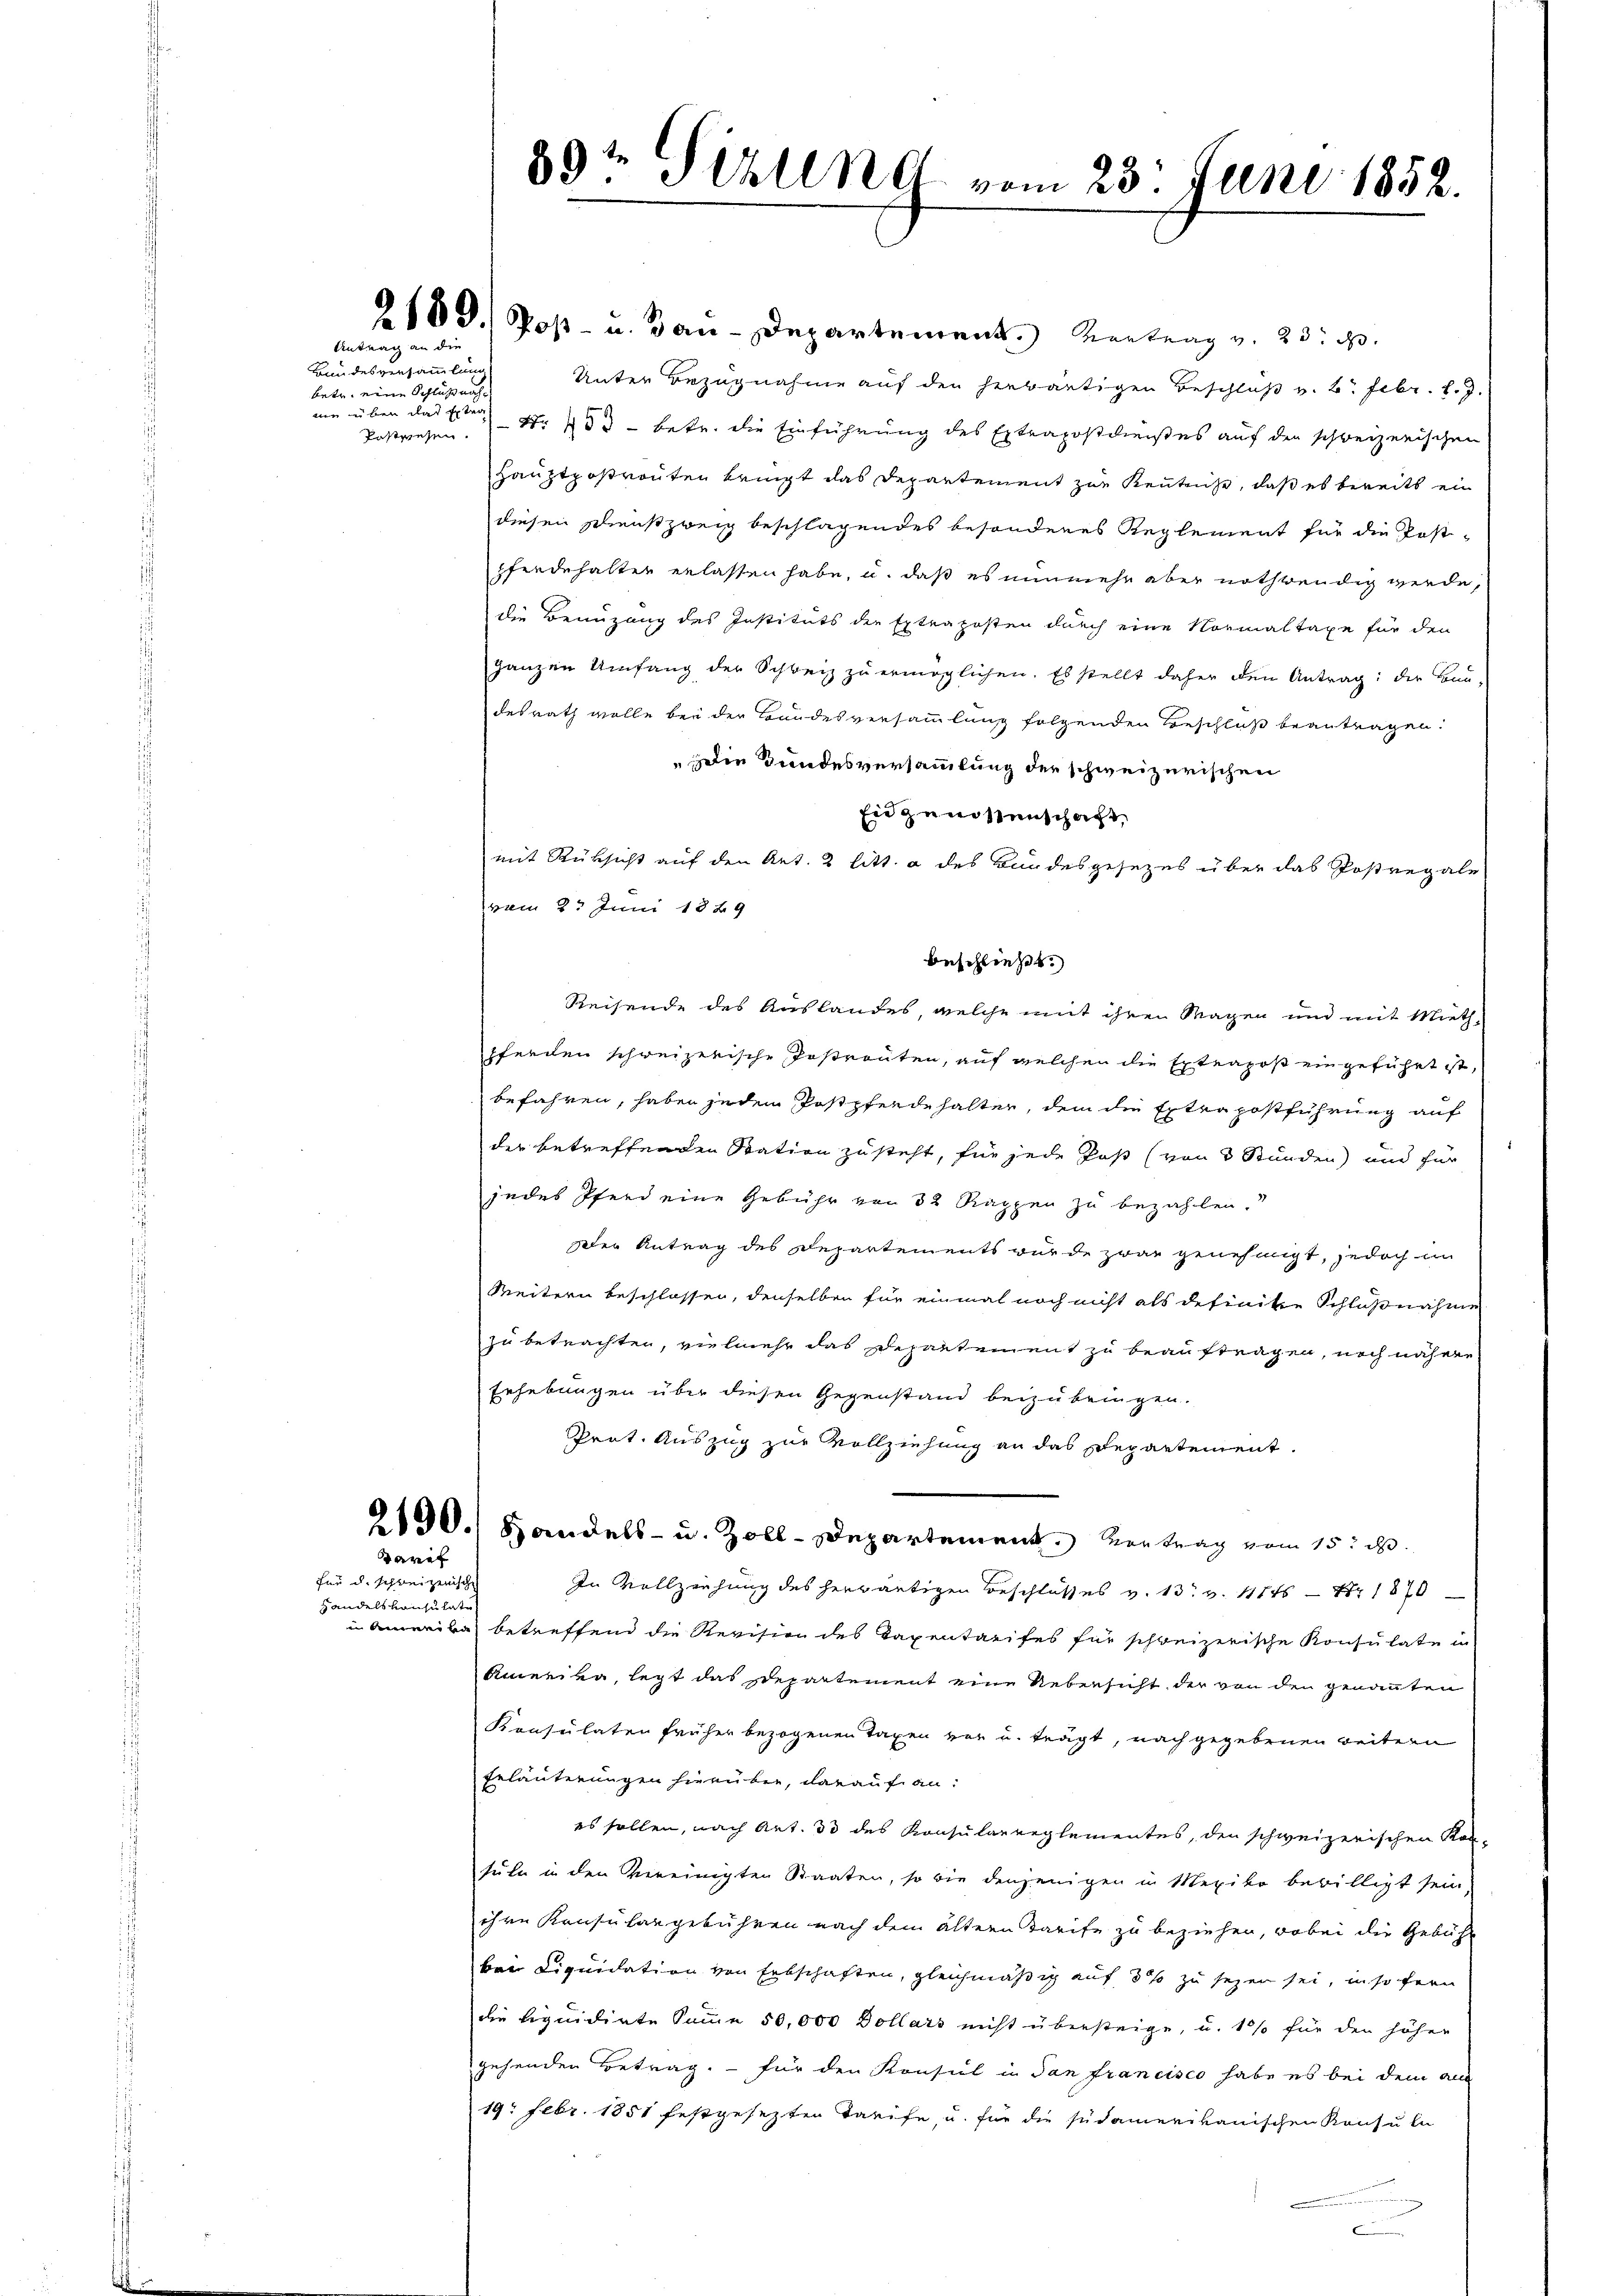
Antrag an die

Bundesversammlung
betr. eine Schluß nachnur in den das Ertrag
Pestriesen.

daret
für d. schweizerische
Handels von zulaste

89te Sihlln vom 23. Juni 1852.

2100. Post- u. Bau-Departement. Vertrag v. 23. d.
Unter Bezugnahme auf den herwärtigen Beschluß v. 2. Febr. l. J.
Nr. 133 - betr. die Einführung des Extrapostdiesses auf den schweizerischen
Hauptpostronten bringt das Departement zur Kenntliche, daß es bereits ein
diesen Schreußzweig beschlagendes besonderes Reglement für die Post-
pferdehalter erlassen habe, u. daß es nunmehr aber nothwendig werde,
die Benuzung des Instituts der Extraposten durch eine Normaltaxe für den
ganzen Umfang der Schweiz zu ermöglichen. Es stellt daher den Antrag: der Bau-
desrath wolle bei der Bundesversammlung folgenden Beschluß beantragen.
Die Bundesversammlung der schweizerischen
Ein genossenschaft,
mit Rüksicht auf den Art. 2 litt. a des Bundesgesezes über das Postregale
vom 2. Juni 1829
beschließt:
Reisende des Auslandes, welche mit ihren Magen und mit Miethpferden schweizerische Postrauten, auf welchen die Exteapoß eingeführt ist,
befahren, haben jedem Postpferde halter, dem die Extra postführung auf
der betreffenden Station zusteht, für jede Post (von 3 Stunden) und für
jedes Pferd eine Gebühr von 82 Rappen zu bezahlen.
Der Antrag des Departements wurde zwar genehmigt, jedoch im
Weitern beschlossen, denselben für einmal noch nicht als definitte Schlußnahme
zu betrachten, vielmehr das Departement zu beauftragen, noch nähere
Erhebungen über diesen Gegenstand beizubringen.
Prät. Auszug zur Vollziehung an das Departement.
2190. Handels- u. Zoll-Departement. Vertrag vom 15. d.
In Vollziehung des herwärtigen Beschlosses v. 13. v. 11145 — Nr. 1870
in Anweise betreffend die Revision des Taxentarifes für schweizerische Konsulate in
Amerika, legt das Departement eine Uebersicht der von den genannten
Konsulaten früher bezogenen Taxen vor u. trägt, nach gegebenen weitern
Erläuterungen hierüber, darauf anes sollen, nach Art. 33 des Konsularreglementes, den schweizerischen Kon-
süle in den Vereinigten Staaten, so wie denjenigen in Mexiko bewilligt sein,
ihre Konsulangebühren nach dem ältern Tarife zu beziehen, wobei die Gebühr
bei Liquidation von Erbschaften, gleichmäßig auf 3 % zu sezer sei, in so fern
die Liquidirte Summe 50,000 Dollars nicht übersteige, u. 10% für den höher
gehenden Betrag, — für den Konsul in dan francisco habe es bei dem al
19. Febr. 1851 festgesezten Tarife, u. für die südamerikanischen Konsula
e